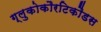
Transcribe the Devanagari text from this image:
ग्लुकोकौरटिकौडस